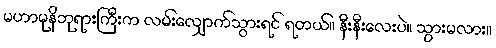
မဟာမုနိဘုရားကြီးက လမ်းလျှောက်သွားရင် ရတယ်။ နီးနီးလေးပဲ။ သွားမလား။